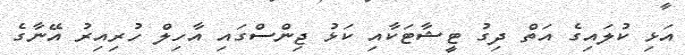
އަޅި ކުލައިގެ އަތް ދިގު ޓީޝާޓަކާއި ކަޅު ޖިންސްގައި އާހިލް ހުރިއިރު އޭނާގެ